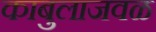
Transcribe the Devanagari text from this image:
काबुलाजवळ